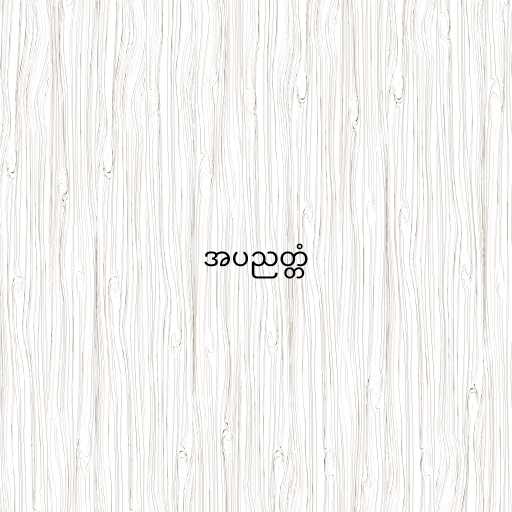
အပညတ္တံ